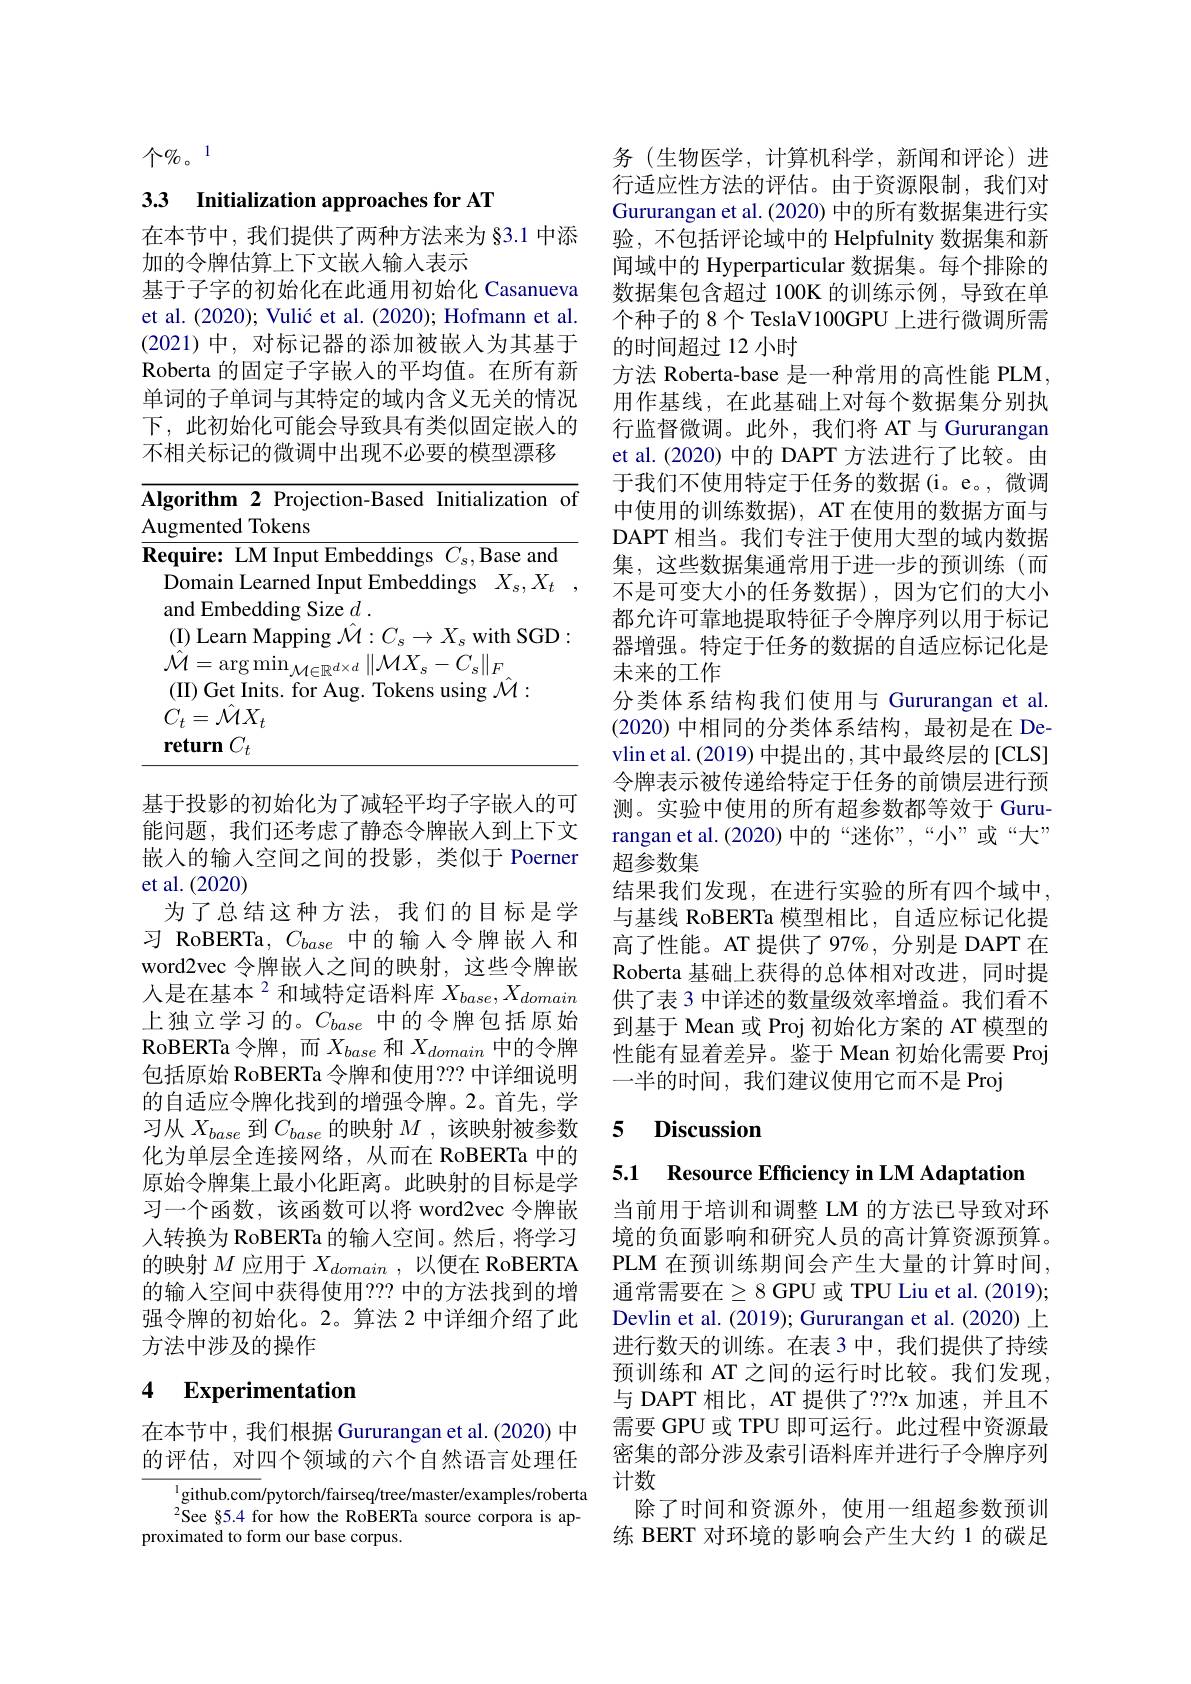
个$\%。1$

# 3.3 Initialization approaches for AT

在本节中，我们提供了两种方法来为§3.1 中添
加的令牌估算上下文嵌人输入表示
基于子字的初始化在此通用初始化 Casanueva et al. (2020); Vulić et al. (2020); Hofmann et al. (2021)中，对标记器的添加被嵌入为其基于Roberta 的固定子字嵌入的平均值。在所有新单词的子单词与其特定的域内含义无关的情况下，此初始化可能会导致具有类似固定嵌入的不相关标记的微调中出现不必要的模型漂移

<table>
	<tbody>
		<tr>
			<td>$\mathbf{Al};$ T 1</td>
		</tr>
	</tbody>
</table>

基于投影的初始化为了减轻平均子字嵌人的可能问题，我们还考虑了静态令牌嵌入到上下文嵌入的输入空间之间的投影，类似于 Poerner et al.(2020)
为了总结这种方法，我们的目标是学习 RoBERTa, $C_{base}$中的输入令牌嵌人和word2vec 令牌嵌人之间的映射，这些令牌嵌人是在基本$^2$和域特定语料库$X_base,X_{domain}$ 上独立学习的。$C_base$中的令牌包括原始RoBERTa 令牌，而$X_{base}$和$X_{domain}$中的令牌包括原始 RoBERTa 令牌和使用？?? 中详细说明的自适应令牌化找到的增强令牌。2。首先，学习从$X_{base}$到$C_base$的映射$M$ ,该映射被参数化为单层全连接网络，从而在 RoBERTa 中的原始令牌集上最小化距离。此映射的目标是学习一个函数，该函数可以将 word2vec 令牌嵌人转换为 RoBERTa 的输入空间。然后，将学习的映射$M$应用于$X_domain$,以便在 RoBERTA 的输入空间中获得使用？?? 中的方法找到的增强令牌的初始化。2。算法 2 中详细介绍了此方法中涉及的操作

# 4 Experimentation

在本节中，我们根据 Gururangan et al. (2020) 中的评估，对四个领域的六个自然语言处理任

$^{1}$github.com/pytorch/fairseq/tree/master/examples/roberta $^{2}$See §5.4 for how the RoBERTa source corpora is ap-
proximated to form our base corpus.

务(生物医学，计算机科学，新闻和评论)进行适应性方法的评估。由于资源限制，我们对Gururangan et al. (2020) 中的所有数据集进行实验，不包括评论域中的 Helpfulnity 数据集和新闻域中的 Hyperparticular 数据集。每个排除的数据集包含超过 100K 的训练示例，导致在单个种子的 8 个 TeslaV100GPU 上进行微调所需的时间超过 12 小时
方法 Roberta-base 是一种常用的高性能 PLM, 用作基线，在此基础上对每个数据集分别执行监督微调。此外，我们将 AT 与 Gururangan et al.(2020) 中的 DAPT 方法进行了比较。由于我们不使用特定于任务的数据(i。e。,微调中使用的训练数据), AT 在使用的数据方面与DAPT 相当。我们专注于使用大型的域内数据集，这些数据集通常用于进一步的预训练(而不是可变大小的任务数据),因为它们的大小都允许可靠地提取特征子令牌序列以用于标记器增强。特定于任务的数据的自适应标记化是未来的工作
分类体系结构我们使用与 Gururangan et al. (2020)中相同的分类体系结构，最初是在 Devlin et al. (2019) 中提出的 ,其中最终层的 [CLS] 令牌表示被传递给特定于任务的前馈层进行预测。实验中使用的所有超参数都等效于 Gururangan et al. (2020) 中的“迷你”,“小”或“大” 超参数集
结果我们发现，在进行实验的所有四个域中与基线 RoBERTa 模型相比，自适应标记化提高了性能。AT 提供了97%,分别是 DAPT 在Roberta 基础上获得的总体相对改进，同时提供了表 3 中详述的数量级效率增益。我们看不到基于 Mean 或 Proj 初始化方案的 AT 模型的性能有显着差异。鉴于 Mean 初始化需要 Proj 一半的时间，我们建议使用它而不是 Proj

### 5 $\textbf{Discussion}$

5.1 Resource Efficiency in LM Adaptatior

当前用于培训和调整 LM 的方法已导致对环境的负面影响和研究人员的高计算资源预算。PLM 在预训练期间会产生大量的计算时间， 通常需要在$\geq8$ GPU 或 TPU Liu et al. (2019); Devlin et al. (2019); Gururangan et al. (2020) 上进行数天的训练。在表 3 中，我们提供了持续预训练和 AT 之间的运行时比较。我们发现， 与 DAPT 相比，AT 提供了？??x 加速，并且不需要 GPU 或 TPU 即可运行。此过程中资源最密集的部分涉及索引语料库并进行子令牌序列计数
除了时间和资源外，使用一组超参数预训练 BERT 对环境的影响会产生大约 1 的碳足